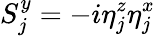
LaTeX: S_{j}^{y}=-i\eta_{j}^{z}\eta_{j}^{x}